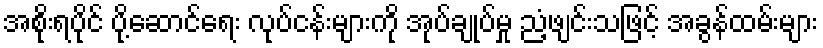
အစိုးရပိုင် ပို့ဆောင်ရေး လုပ်ငန်းများကို အုပ်ချုပ်မှု ညံ့ဖျင်းသဖြင့် အခွန်ထမ်းများ